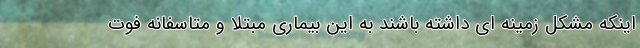
اینکه مشکل زمینه ای داشته باشند به این بیماری مبتلا و متاسفانه فوت